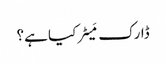
ڈارک مَیٹر کیا ہے؟